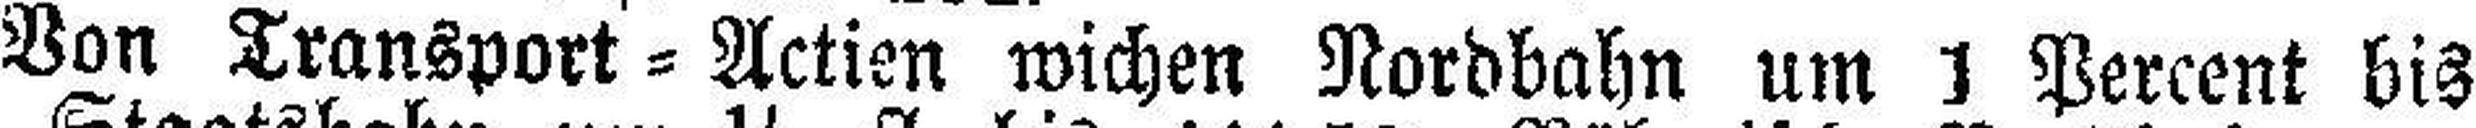
Von Transport=Actien wichen Nordbahn um 1 Percent bis